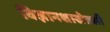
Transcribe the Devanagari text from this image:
विज्ञानशाखेतली